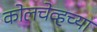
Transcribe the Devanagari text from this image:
कोलचेव्हच्या